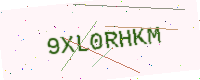
Text: 9XL0RHKM